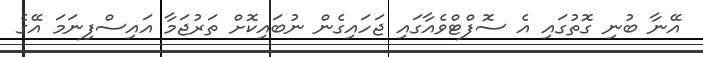
އޭނާ ބުނި ގޮތުގައި އެ ސޮފްޓްވެއާގައި ޖަހައިގެން ނުބައިކޮށް ތަރުޖަމާ އައިސްފިނަމަ އޭގެ